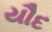
યૌદ